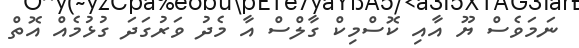
ނަމަވެސް ޔޫ އާއި ކޮސްމިކް ގާލްސް އާ މެދު ވަރުގަދަ ގުޅުމެއް އޮތް